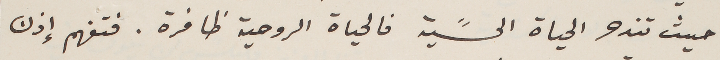
حيث تندحر الحياة الحسًية فالحياة الروحية ظافرة. فتفهم إذن